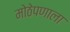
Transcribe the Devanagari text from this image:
मोठेपणाला